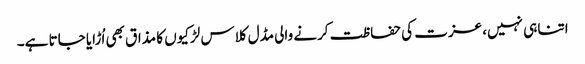
اتنا ہی نہیں، عزت کی حفاظت کرنے والی مڈل کلاس لڑکیوں کا مذاق بھی اُڑایا جاتا ہے۔